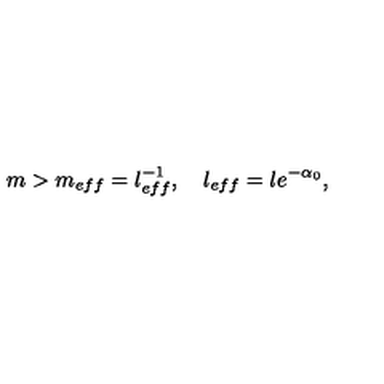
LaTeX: m > m _ { e f f } = l _ { e f f } ^ { - 1 } , \quad l _ { e f f } = l e ^ { - \alpha _ { 0 } } ,